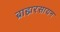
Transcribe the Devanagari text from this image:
ब्राह्मरसायन